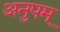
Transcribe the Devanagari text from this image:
अनुपम्